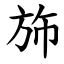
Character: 斾